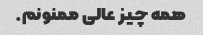
همه چیز عالی ممنونم.